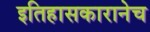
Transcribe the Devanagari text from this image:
इतिहासकारानेच